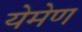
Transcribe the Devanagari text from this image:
येमेण